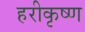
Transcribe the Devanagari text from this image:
हरीकृष्ण